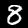
Digit: 8